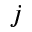
j